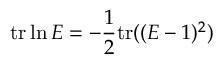
\mathrm { t r } \ln E = - \frac { 1 } { 2 } \mathrm { t r } ( ( E - 1 ) ^ { 2 } )